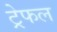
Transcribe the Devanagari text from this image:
ट्रेफल